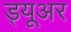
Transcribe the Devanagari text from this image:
ड्यूअर